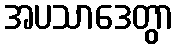
အပသာဒေတွာ